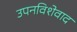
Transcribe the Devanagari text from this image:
उपनविशेवाद